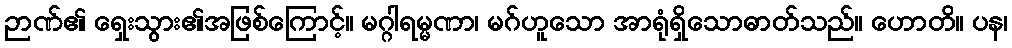
ဉာဏ်၏ ရှေးသွား၏အဖြစ်ကြောင့်။ မဂ္ဂါရမ္မဏာ၊ မဂ်ဟူသော အာရုံရှိသောဓာတ်သည်။ ဟောတိ။ ပန၊